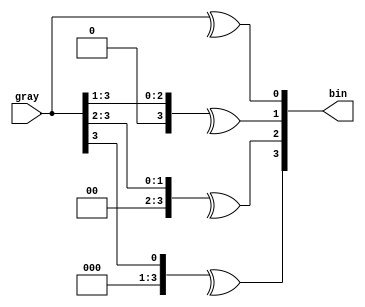
module gray2bin
#(
  parameter WIDTH = 4
 )
 (
  input [WIDTH - 1 : 0]  gray,
  output [WIDTH - 1 : 0] bin
 );

  genvar                  i;

  generate
    for(i=0; i<WIDTH; i=i+1)begin:wrap
      assign bin[i] = ^(gray>>i);
    end
  endgenerate
  
  
endmodule // gray2bin